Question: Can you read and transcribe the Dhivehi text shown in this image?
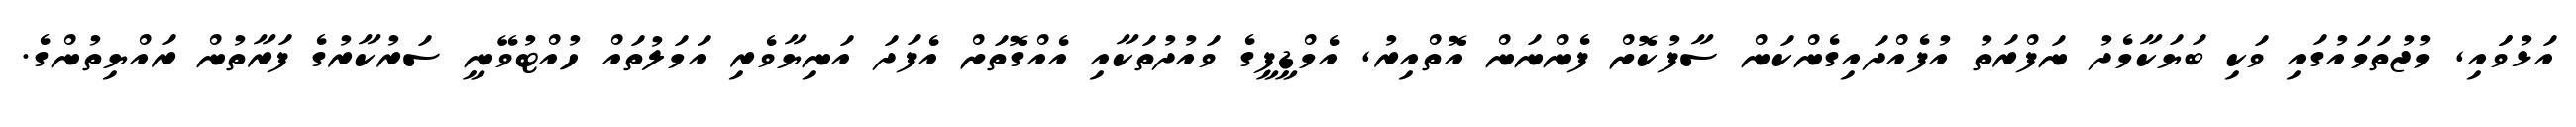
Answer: އަޅުވަައި, މުޖުތަމައުގައި ވަކި ބަޔަކާމެދު ނަފްރަތު އުފެއްދައިގެންކަން ސާފުކޮށް ފެންނަން އޮތްއިރު, އެމްޑީޕީގެ ވައުދުތަކާއި އެއްގޮތަށް އެފަދަ އަނިޔާވެރި އަމަލުތައް ހުއްޓުވޭނީ ސަރުކާރުގެ ފަރާތުން ރައްޔިތުންގެ.